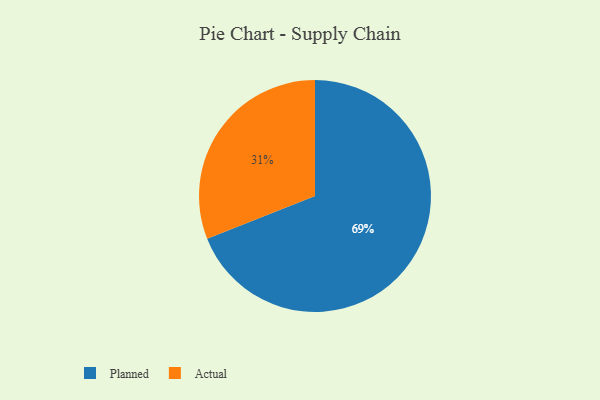
{"axis": {"x": "Category", "y": "Percentage"}, "legend": ["Actual", "Planned"], "data": [{"x": "Planned", "y": 69, "type": "Planned"}, {"x": "Actual", "y": 31, "type": "Actual"}]}